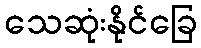
သေဆုံးနိုင်ခြေ